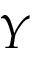
Y